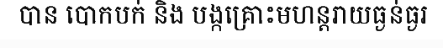
បាន បោកបក់ និង បង្កគ្រោះមហន្តរាយធ្ងន់ធ្ងរ